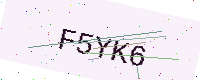
Text: F5YK6